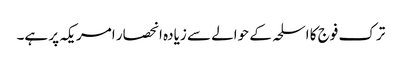
ترک فوج کا اسلحہ کے حوالے سے زیادہ انحصار امریکہ پر ہے۔